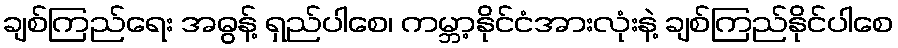
ချစ်ကြည်ရေး အဓွန့် ရှည်ပါစေ၊ ကမ္ဘာ့နိုင်ငံအားလုံးနဲ့ ချစ်ကြည်နိုင်ပါစေ